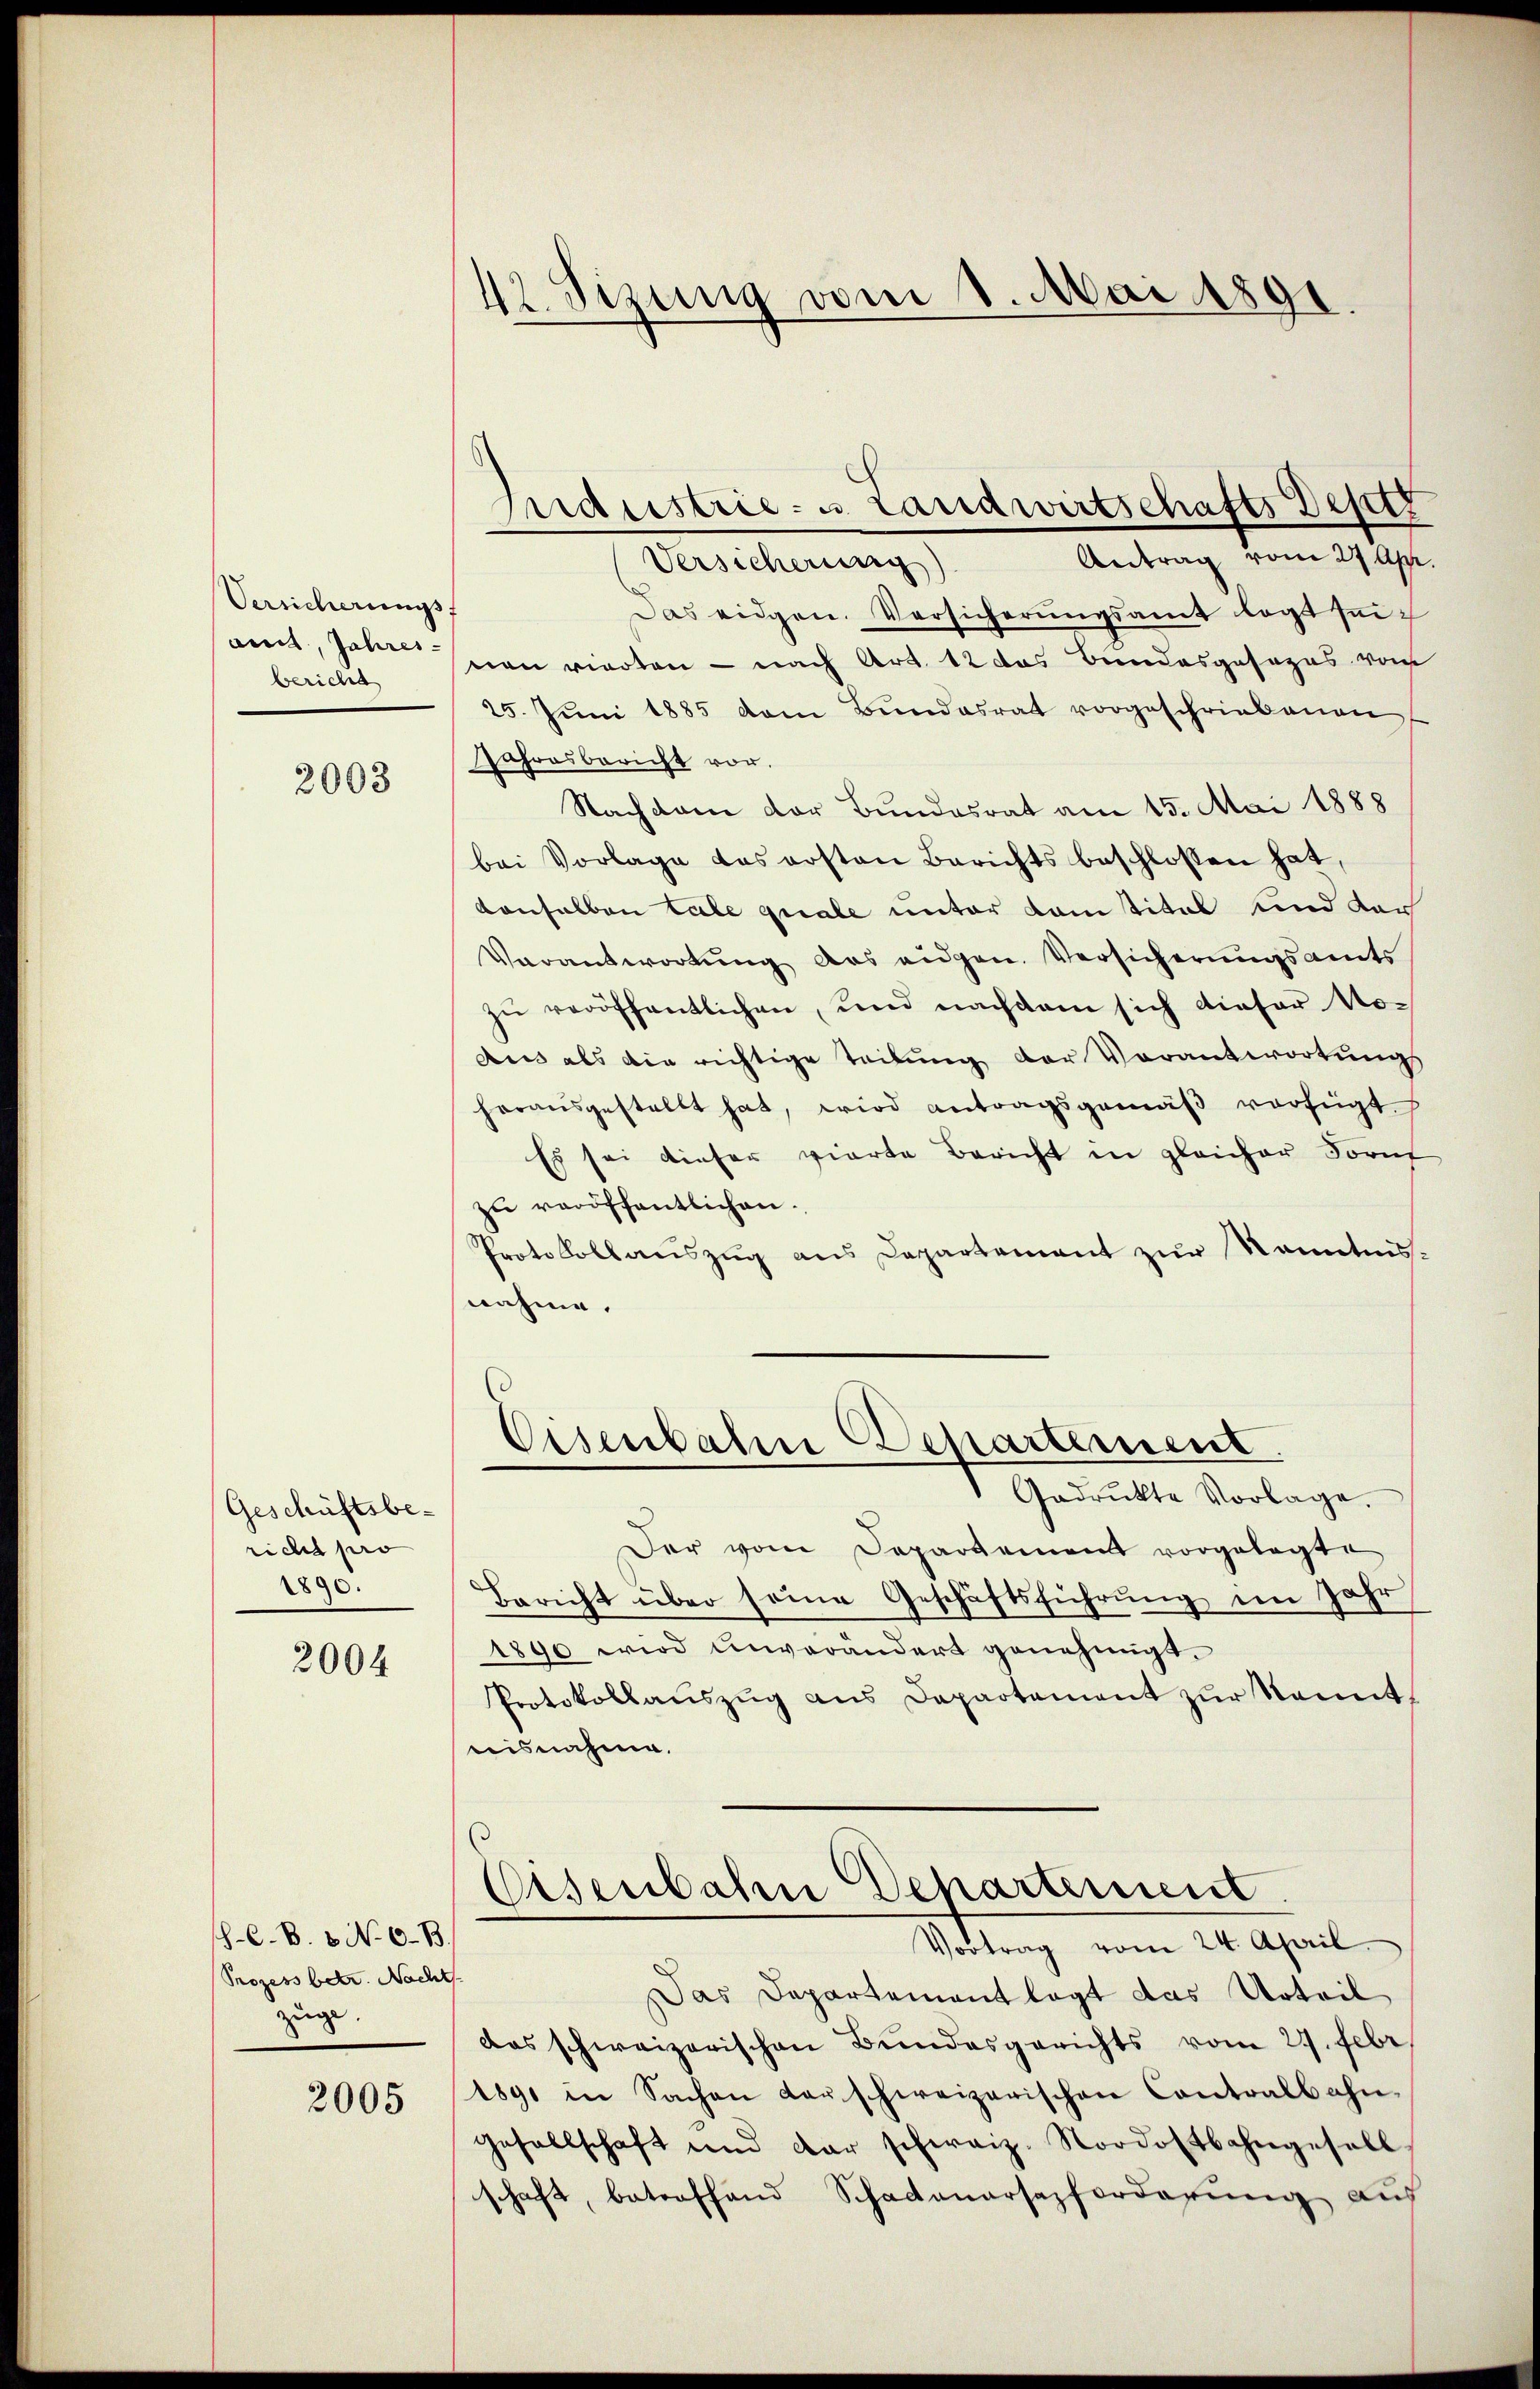
Versicherungs
andt, Jahres-
bericht

2003

Geschäftsbe-
richt pro
1890.

2004

8-C. B. 6. No. 6. B.
Prozess betr. Nacht.
züge.

2005

42 Sizung vom 1. Mai 1891

Versicherung
Das eidgen. Versicherungsamt legt seinen vierten - nach Art. 12 das Bundesgesezes von
25. Jŭni 1885 vom Bŭndesrat vorgeschriebenen
Jahresbericht vor.
Nachdem der Bundesrat am 15. Mai 1888
bei Vorlage das ersten Berichtsbeschlossen hat,
vonselben tale quale unter Kantital und der
Verantwortŭng des eidgen. Versicherungsamts
zŭ veröffentlichen, und nachdem sich dieser Noaus als die richtige Teilung der Vorantwortungs
herausgestellt hat, wird antragsgemäβ verfügt
Es sei dieser vierte Bericht in gleicher Fornf
zu veröffentlichen.
Protokollauszug aus Departement zur Kenntnis.
nahme.
Cisenbahne Departement
Gadrukte Vorlage.
Der vom Departement vorgelegte
Bericht über seine Geschäftsführŭng im Jahr
1890 wird unverändert genehmigt.
Protokollaŭszŭg ans Departement zŭr Namnt-
isnahme.
Osenbahn Departement
Vortrag vom 24. April
Das Departement legt das Urteil
das schweizerischen Bundesgerichts vom 27. Febr
1891 in Sachen darschweizerischen Contralbahn-
gesellschaft und dar schweiz. Nordostbahngesell
schaft, betroffend Schadenarsazforderŭng auf

Industrie- u. Landwirtschafts Defiz
Antrag vom 27 Apr